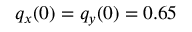
q _ { x } ( 0 ) = q _ { y } ( 0 ) = 0 . 6 5